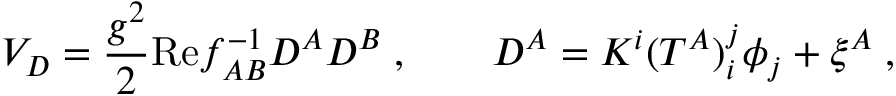
V _ { D } = \frac { g ^ { 2 } } 2 \mathrm { R e } f _ { A B } ^ { - 1 } D ^ { A } D ^ { B } \; , \qquad D ^ { A } = K ^ { i } ( T ^ { A } ) _ { i } ^ { j } \phi _ { j } + \xi ^ { A } \; ,